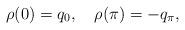
LaTeX: \begin{align*} \rho (0) = q_0, \quad \rho (\pi ) = -q_\pi ,\end{align*}